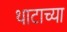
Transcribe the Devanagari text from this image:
थाटाच्या